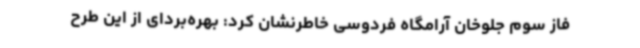
فاز سوم جلوخان آرامگاه فردوسی خاطرنشان کرد: بهره‌بردای از این طرح